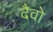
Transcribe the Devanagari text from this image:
दैवो